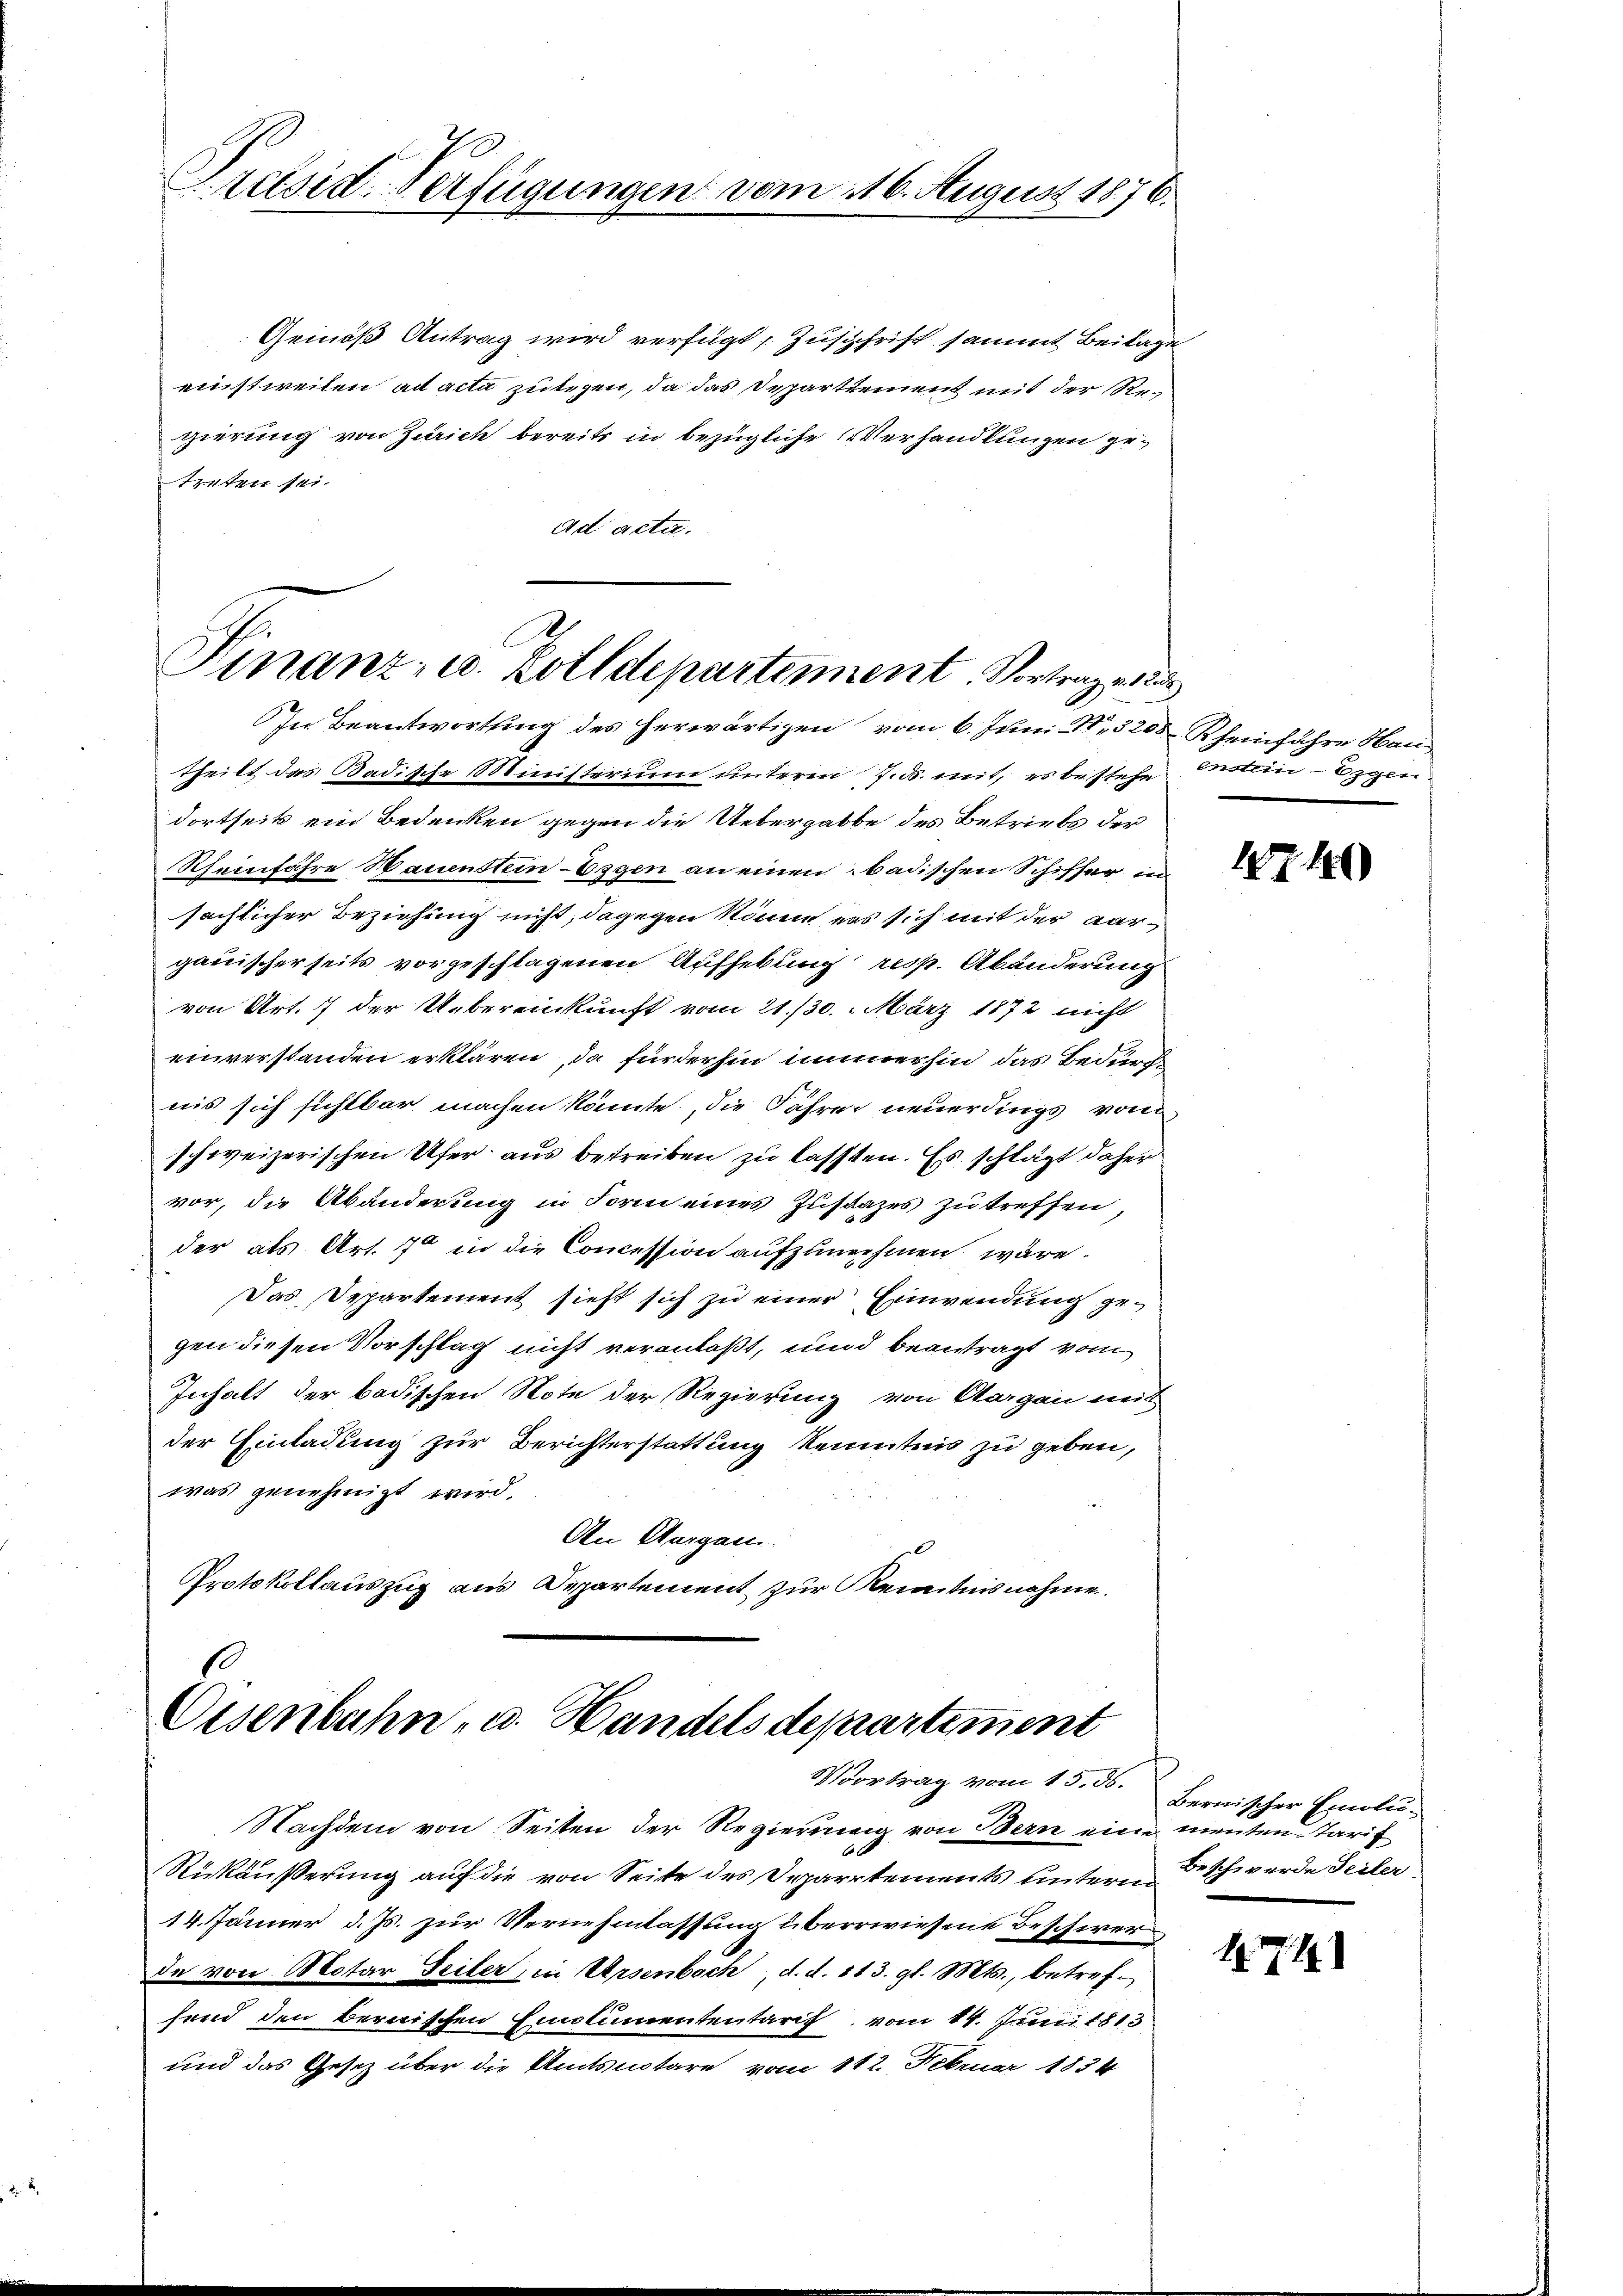
Pretsid-Verfügungen vom 16. August 1876.

Gemäß Antrag wird verfügt Zuschrift sammt Beilage
einstweilen ad acta zulegen, da das Departement mit der Regierung von Zürich bereits in bezügliche Verhandlungen getreten sei.
ad acta.

A
Finanz- u. Zolldepartement. Vortrag v. 12.
In Beantwortung des herwärtigen vom 6. Juni 185208 Rheinfahre Neu

Eisenbahn, u. Handels departiment
Vortrag vom 15. ds.

Nachdem von Seiten der Regierung von Bern eine menten Tarif
Rükäußerung auf die von Seite des Departements untern Beschwerde Teiler,
14. Jänner d. Js. zur Vernehmlassung überwiesene Beschwer
de von Motar Teiler, in Ursenbach d. d. 113. gl. Mts., betrefsend den bernischen Emolumententaris vom 14. Juni 1813
und das Gesetz über die Amtsnotare vom 112. Februar 1834

Theilt das Badische Ministerium unterm 7. d. mit, es bestehe
dortseits ein Bedenken gegen die Uebergabte des Betriebs der
Rheinfahre Hauenstein - Eggen an einen badischen Schiffer in
sächlicher Beziehung nicht, dagegen köne es sich mit der Aargauischerseits vorgeschlagenen Aufhebung resp. Abänderung
von Art. 7 der Uebereinkunft vom 21./30. März 1872 nicht
einverstanden erklären, da fürderhin immerhin das Bedürf
nis sich sichtbar machen könnte, die Jahren neuerdings von
schweizerischen Ufer aus betreiben zu lassten. Es schlägt daher
vor, die Abänderung in Form eines Zustazes zu treffen,
der als Art. 70 in die Concession aufzunehmen wäre.
Das Departement sieht sich zu einer Einwendung gegen diesen Vorschlag nicht veranlaßt, und beantragt vom
Inhalt der badischen Note der Regierung von Aargau mit
der Einladung zur Berichterstattung kenntnis zu geben,
was genehmigt wird.
An Aargau.
Protokollauszug aus Departement zur Kenntnisnahme.

E
enstein - Eigen.

1740

Bernischer Emolu¬

1719